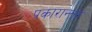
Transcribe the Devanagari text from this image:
प्रकारान्‍तर